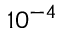
1 0 ^ { - 4 }